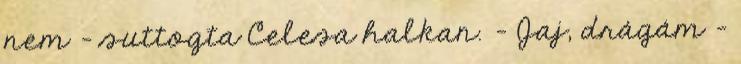
nem – suttogta Celesa halkan. – Jaj, drágám –